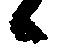
候